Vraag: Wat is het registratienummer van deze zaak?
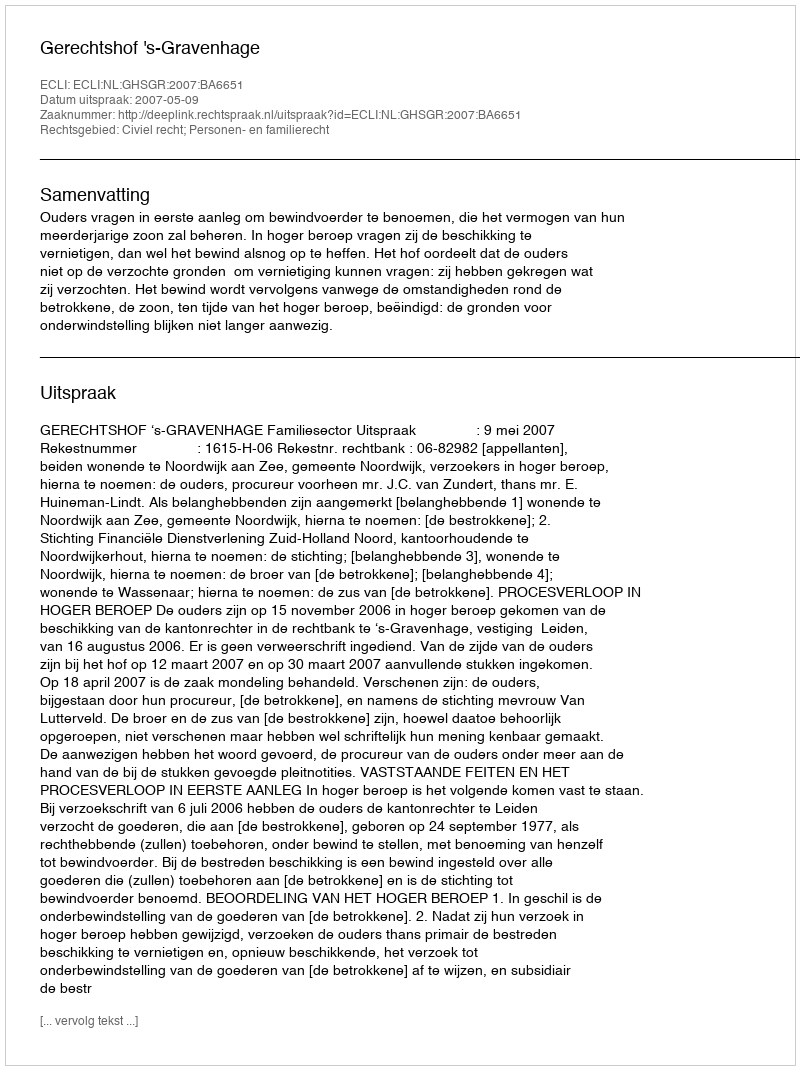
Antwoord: http://deeplink.rechtspraak.nl/uitspraak?id=ECLI:NL:GHSGR:2007:BA6651